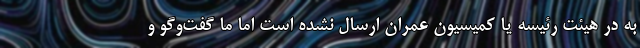
به در هیئت رئیسه یا کمیسیون عمران ارسال نشده است اما ما گفت‌وگو و